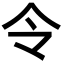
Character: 令